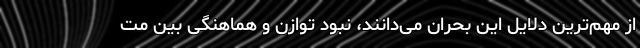
از مهم‌ترین دلایل این بحران می‌دانند، نبود توازن و هماهنگی بین مت